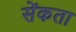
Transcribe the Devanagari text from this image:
सेंकता